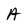
Character: A